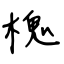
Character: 槐